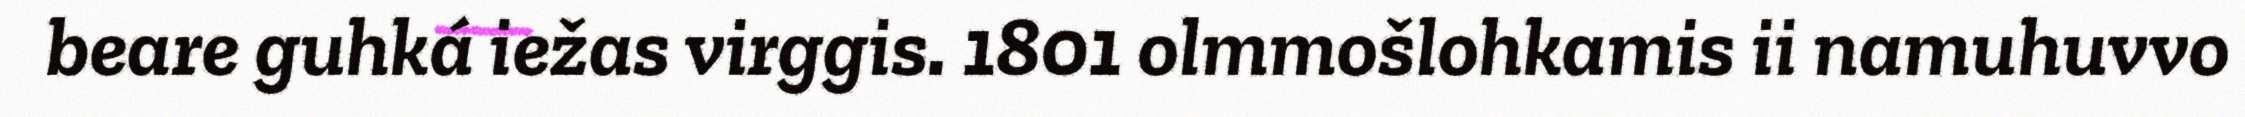
beare guhká iežas virggis. 1801 olmmošlohkamis ii namuhuvvo